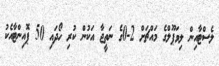
ލެސްޓާއިން ލިވަޕޫލްގެ މައްޗަށް 2-0ގެ ނަތީޖާ އަކުން ކުރި ހޯދައި 50 ޕޮއިންޓާއެކު